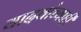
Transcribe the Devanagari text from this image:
यादवांच्याही